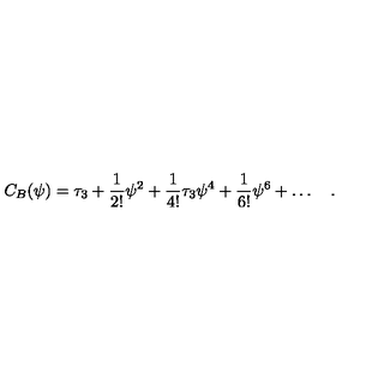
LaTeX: C _ { B } ( \psi ) = \tau _ { 3 } + { \frac { 1 } { 2 ! } } \psi ^ { 2 } + { \frac { 1 } { 4 ! } } \tau _ { 3 } \psi ^ { 4 } + { \frac { 1 } { 6 ! } } \psi ^ { 6 } + \ldots \quad .